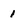
Character: 1